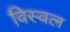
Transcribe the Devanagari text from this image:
विस्वल